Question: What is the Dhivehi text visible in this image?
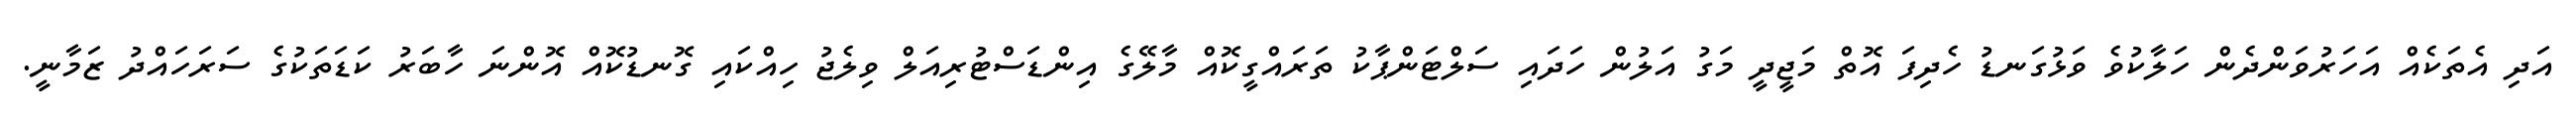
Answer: އަދި އެތަކެއް އަހަރުވަންދެން ހަލާކުވެ ވަޅުގަނޑު ހެދިފަ އޮތް މަޖީދީ މަގު އަލުން ހަދައި ސަލްޓަންޕާކު ތަރައްގީކޮއް މާލޭގެ އިންޑަސްޓުރިއަލް ވިލެޖު ހިއްކައި ގޮނޑުކޮއް އޮންނަ ހާބަރު ކަޑަތަކުގެ ސަރަހައްދު ޒަމާނީ.